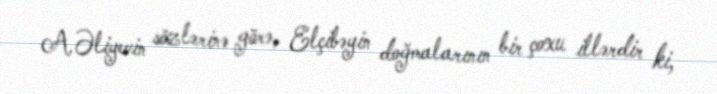
A.Əliyevin sözlərinə görə, Elçibəyin doğmalarının bir çoxu illərdir ki,